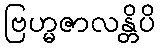
ဗြဟ္မဇာလန္တိပိ